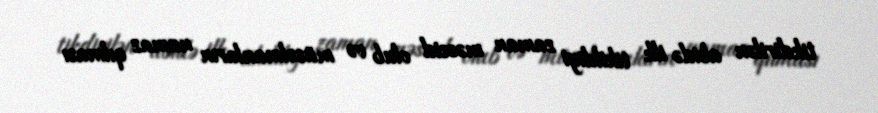
tikdirilən abidə ilk tikildiyi zaman məscid olub və müsəlmanların namaz qılması